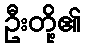
ဦးတို့၏